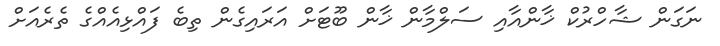
ނަގަން ޝާހްރުކް ޚާންއާއި ސަލްމާން ޚާން ބޫޓަށް އަރައިގެން ތިބެ ފައްޅިއެއްގެ ތެރެއަށް